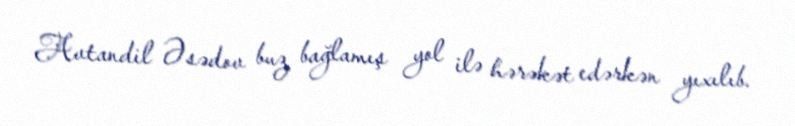
Avtandil Əsədov buz bağlamış yol ilə hərəkət edərkən yıxılıb.